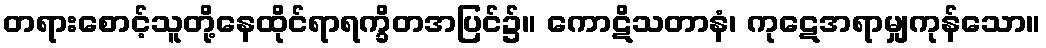
တရားစောင့်သူတို့နေထိုင်ရာရက္ခိတအပြင်၌။ ကောဋိသတာနံ၊ ကုဋေအရာမျှကုန်သော။